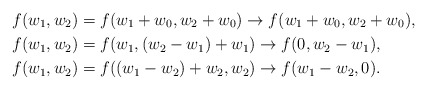
\begin{align*}f(w_1,w_2)&=f(w_1+w_0,w_2+w_0) \rightarrow f(w_1+w_0,w_2+w_0),\\ f(w_1,w_2)&=f(w_1, (w_2-w_1)+w_1) \rightarrow f(0,w_2-w_1),\\f(w_1,w_2)&=f((w_1-w_2)+w_2, w_2) \rightarrow f(w_1-w_2,0).\end{align*}